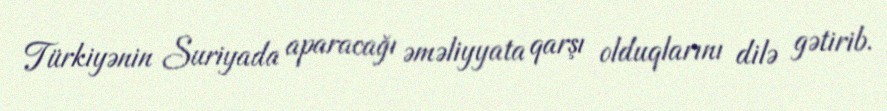
Türkiyənin Suriyada aparacağı əməliyyata qarşı olduqlarını dilə gətirib.